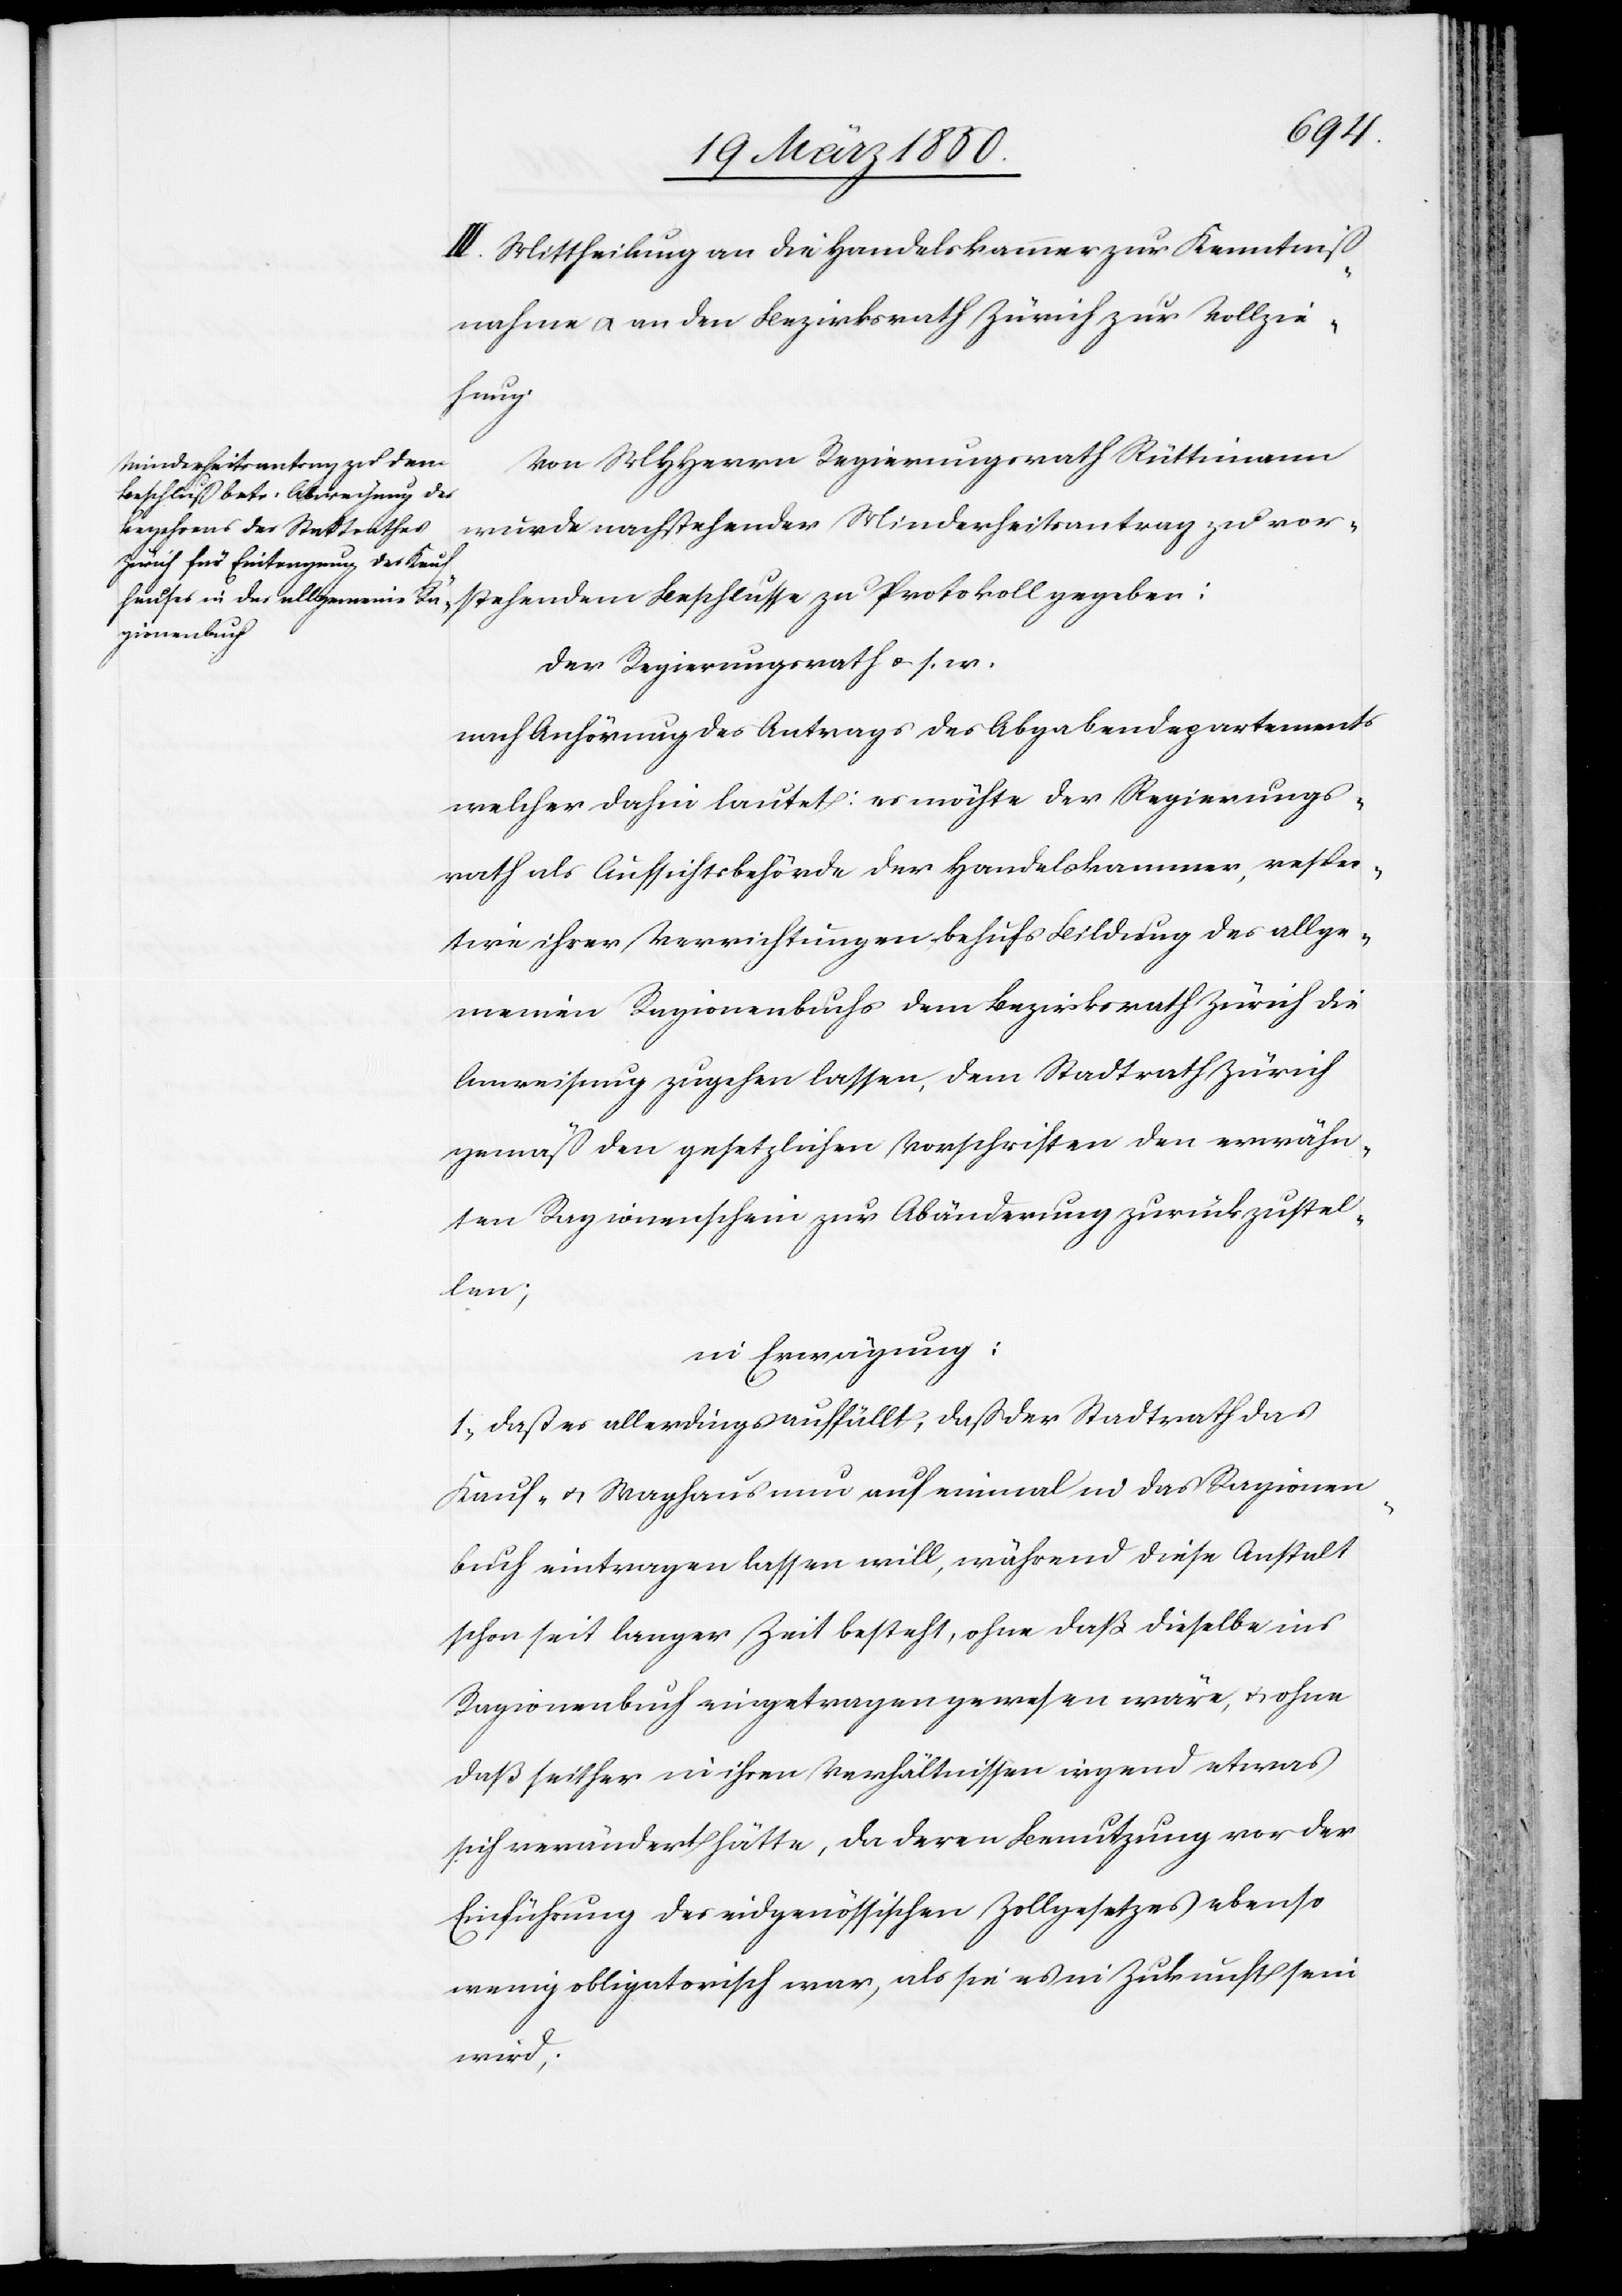
III. Mittheilung an die Handelskammer zur Kenntniß¬
nahme u. an den Bezirksrath Zürich zur Vollzie¬
hendem
Von MHHerrn Regierungsrath Rüttimann
wurde nachstehender Minderheitsantrag zu vor¬
Der Regierungsrath u. s. w.
nach Anhörung des Antrags des Abgabendepartements
welcher dahin lautet: es möchte der Regierungs¬
rath als Aufsichtsbehörde der Handelskammer, respec¬
tive ihrer Verrichtungen behufs Bildung des allge¬
meinen Ragionenbuchs dem Bezirksrath Zürich die
Anweisung zugehen lassen, dem Stadtrath Zürich
gemäß den gesetzlichen Vorschriften den erwähn¬
ten Ragionenschein zur Abänderung zurückzustel¬
len;
in Erwägung:
1. daß es allerdings auffällt, daß der Stadtrath das
Kauf- u. Waghaus nun auf einmal in das Ragionen¬
buch eintragen lassen will, während diese Anstalt
schon seit langer Zeit besteht, ohne daß dieselbe ins
Ragionenbuch eingetragen gewesen wäre, u. ohne
daß seither in ihren Verhältnissen irgend etwas
sich verändert hätte, da deren Benutzung vor der
Einführung des eidgenössischen Zollgesetzes ebenso
wenig obligatorisch war, als sie es in Zukunft sein
wird;